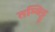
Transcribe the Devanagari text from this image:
तम्बिट्टू